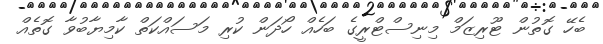
ބެހޭ ގޮތުން ޓޫރިޒަމް މިނިސްޓްރީގެ ބަހެއް ހޯދަން ކުރި މަސައްކަތް ކާމިޔާބުވާ ގޮތެއް